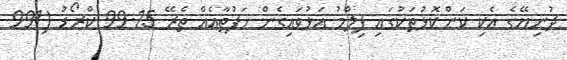
ދުނިޔޭގެ އެކި ކަންކޮޅުތަކުގައި ފިލްމު އަޅުވައިގެން ހަފުތާއެއް ތެރޭ 99.15 ކްރޯޑު (991